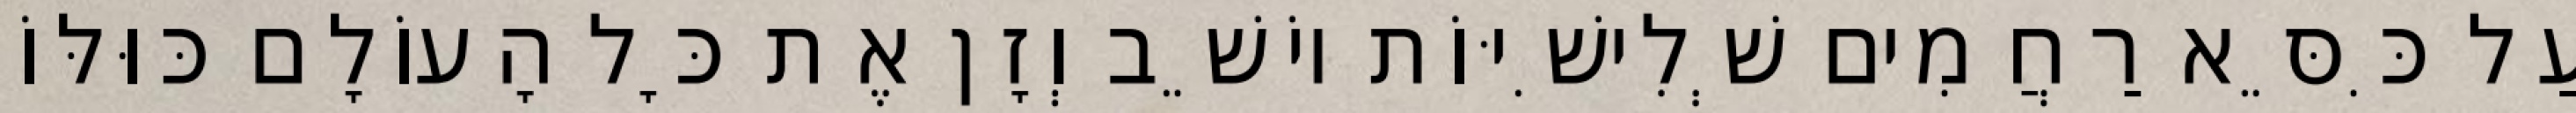
עַל כִּסֵּא רַחֲמִים שְׁלִישִׁיּוֹת יוֹשֵׁב וְזָן אֶת כָּל הָעוֹלָם כּוּלּוֹ